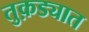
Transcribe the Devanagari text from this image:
तुक़ड्यात